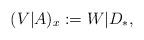
LaTeX: \begin{align*}(V|A)_x:=W|D_\ast, \end{align*}